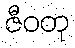
ဇီဝတု